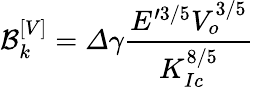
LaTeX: \mathcal{B}_{k}^{\left[V\right]}=\varDelta\gamma\frac{E^{\prime 3/5}V_{o}^{3/5}}{K_{Ic}^{8/5}}